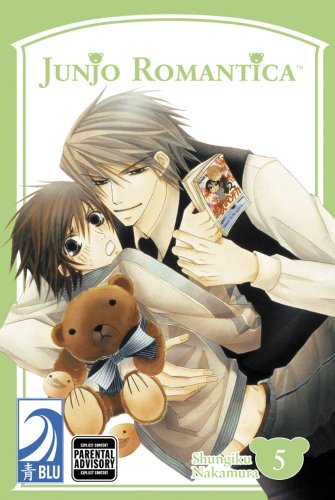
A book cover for JUNJO ROMANTICA Volume 5: (Yaoi) (v. 5); Shungiku Nakamura; Comics & Graphic Novels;